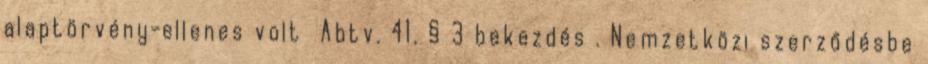
alaptörvény-ellenes volt Abtv. 41. § 3 bekezdés . Nemzetközi szerződésbe